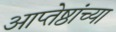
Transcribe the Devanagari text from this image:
आप्‍तेष्ठांच्या